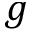
g